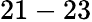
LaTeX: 21-23